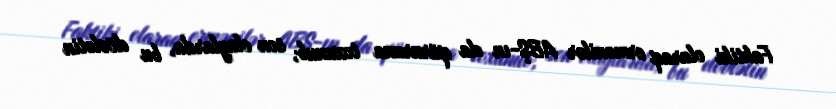
Faktiki olaraq ermənilər ABŞ-ın da qüruruna toxunub, son olaylarda, bu dövlətin